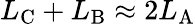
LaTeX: L_{\mathrm{C}}+L_{\mathrm{B}}\approx 2L_{\mathrm{A}}